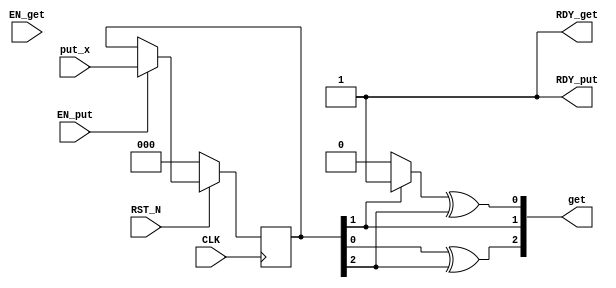
//
// Generated by Bluespec Compiler, version 2014.05.C (build 33930, 2014-05-28)
//
// On Fri May  4 03:02:51 IST 2018
//
//
// Ports:
// Name                         I/O  size props
// get                            O     3
// RDY_get                        O     1 const
// RDY_put                        O     1 const
// CLK                            I     1 clock
// RST_N                          I     1 reset
// put_x                          I     3 reg
// EN_put                         I     1
// EN_get                         I     1 unused
//
// No combinational paths from inputs to outputs
//
//

`ifdef BSV_ASSIGNMENT_DELAY
`else
  `define BSV_ASSIGNMENT_DELAY
`endif

`ifdef BSV_POSITIVE_RESET
  `define BSV_RESET_VALUE 1'b1
  `define BSV_RESET_EDGE posedge
`else
  `define BSV_RESET_VALUE 1'b0
  `define BSV_RESET_EDGE negedge
`endif

module mkBMVM(CLK,
	      RST_N,

	      EN_get,
	      get,
	      RDY_get,

	      put_x,
	      EN_put,
	      RDY_put);
  input  CLK;
  input  RST_N;

  // actionvalue method get
  input  EN_get;
  output [2 : 0] get;
  output RDY_get;

  // action method put
  input  [2 : 0] put_x;
  input  EN_put;
  output RDY_put;

  // signals for module outputs
  wire [2 : 0] get;
  wire RDY_get, RDY_put;

  // register start_bit
  reg start_bit;
  wire start_bit$D_IN, start_bit$EN;

  // register x_in
  reg [2 : 0] x_in;
  wire [2 : 0] x_in$D_IN;
  wire x_in$EN;

  // remaining internal signals
  wire [2 : 0] IF_x_in_BIT_1_THEN_1_ELSE_0___d3;
  wire x__h2158;

  // actionvalue method get
  assign get =
	     { x__h2158 ^ x_in[2],
	       IF_x_in_BIT_1_THEN_1_ELSE_0___d3[1] ^ x_in[1],
	       IF_x_in_BIT_1_THEN_1_ELSE_0___d3[0] ^ x_in[2] } ;
  assign RDY_get = 1'd1 ;

  // action method put
  assign RDY_put = 1'd1 ;

  // register start_bit
  assign start_bit$D_IN = 1'b0 ;
  assign start_bit$EN = 1'b0 ;

  // register x_in
  assign x_in$D_IN = put_x ;
  assign x_in$EN = EN_put ;

  // remaining internal signals
  assign IF_x_in_BIT_1_THEN_1_ELSE_0___d3 = x_in[1] ? 3'd1 : 3'd0 ;
  assign x__h2158 = IF_x_in_BIT_1_THEN_1_ELSE_0___d3[2] ^ x_in[0] ;

  // handling of inlined registers

  always@(posedge CLK)
  begin
    if (RST_N == `BSV_RESET_VALUE)
      begin
        start_bit <= `BSV_ASSIGNMENT_DELAY 1'd0;
	x_in <= `BSV_ASSIGNMENT_DELAY 3'd0;
      end
    else
      begin
        if (start_bit$EN) start_bit <= `BSV_ASSIGNMENT_DELAY start_bit$D_IN;
	if (x_in$EN) x_in <= `BSV_ASSIGNMENT_DELAY x_in$D_IN;
      end
  end

  // synopsys translate_off
  `ifdef BSV_NO_INITIAL_BLOCKS
  `else // not BSV_NO_INITIAL_BLOCKS
  initial
  begin
    start_bit = 1'h0;
    x_in = 3'h2;
  end
  `endif // BSV_NO_INITIAL_BLOCKS
  // synopsys translate_on
endmodule  // mkBMVM